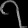
Digit: ၇